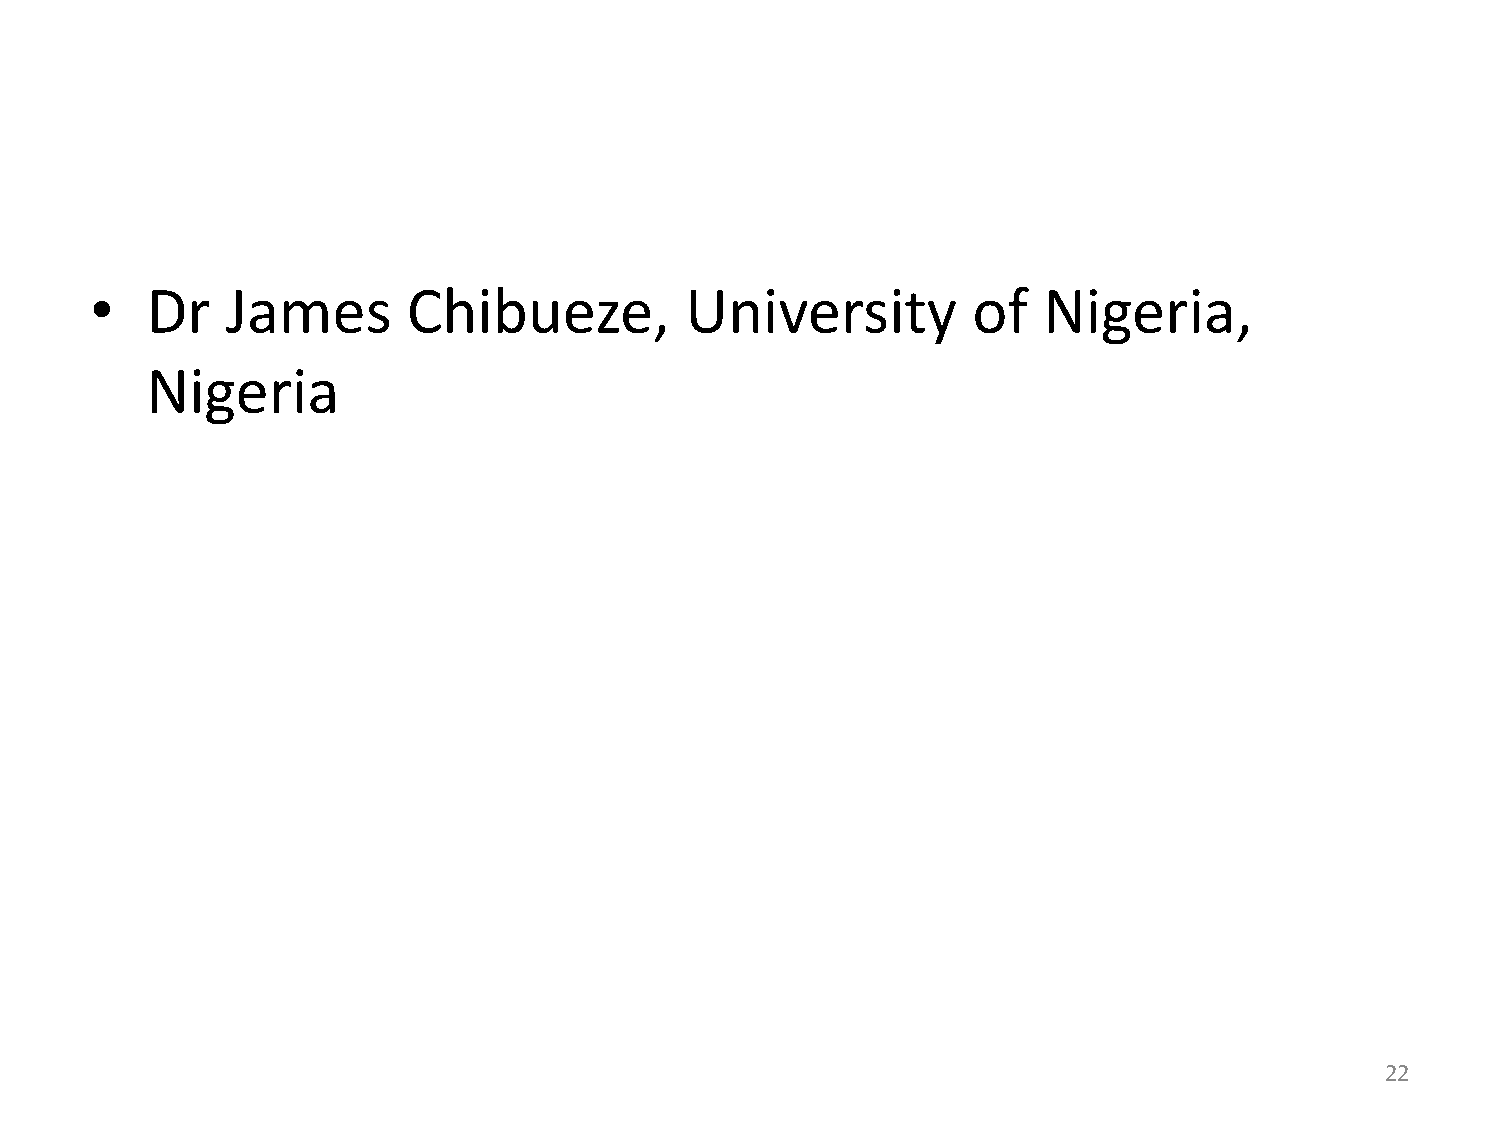
•   Dr   James       Chibueze,         University         of   Nigeria,
 Nigeria
 22